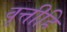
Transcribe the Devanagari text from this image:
वृत्तीहि